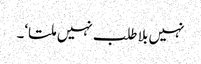
نہیں بلا طلب نہیں ملتا‘۔